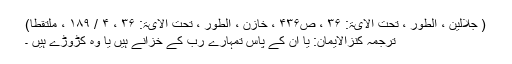
( جلالین ، الطور ، تحت الآیۃ: ۳۶ ، ص۴۳۶ ، خازن ، الطور ، تحت الآیۃ: ۳۶ ، ۴ / ۱۸۹ ، ملتقطاً)
ترجمۂ کنزالایمان: یا اُن کے پاس تمہارے رب کے خزانے ہیں یا وہ کڑوڑے ہیں ۔